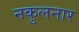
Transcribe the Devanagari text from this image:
नकुलनार